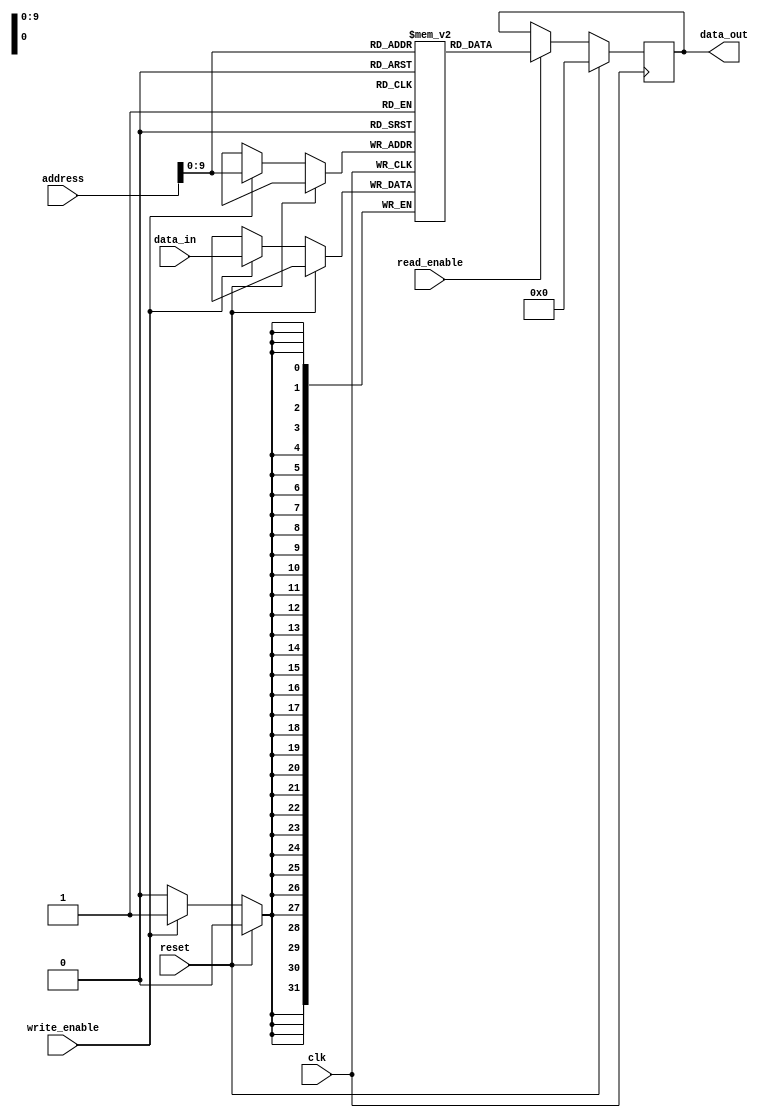
module SDRAM (
    input wire clk,
    input wire reset,
    input wire write_enable,
    input wire read_enable,
    input wire [31:0] address,
    input wire [31:0] data_in,
    output reg [31:0] data_out
);

reg [31:0] memory_array [0:1023];

always @(posedge clk) begin
    if (reset) begin
        data_out <= 0;
    end else begin
        if (write_enable) begin
            memory_array[address] <= data_in;
        end
        if (read_enable) begin
            data_out <= memory_array[address];
        end
    end
end

endmodule